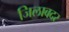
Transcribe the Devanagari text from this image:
जिलाबदर